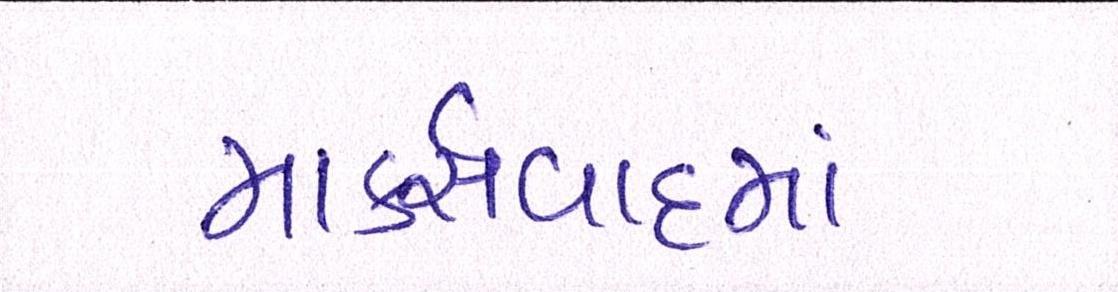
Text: માર્ક્સવાદમાં